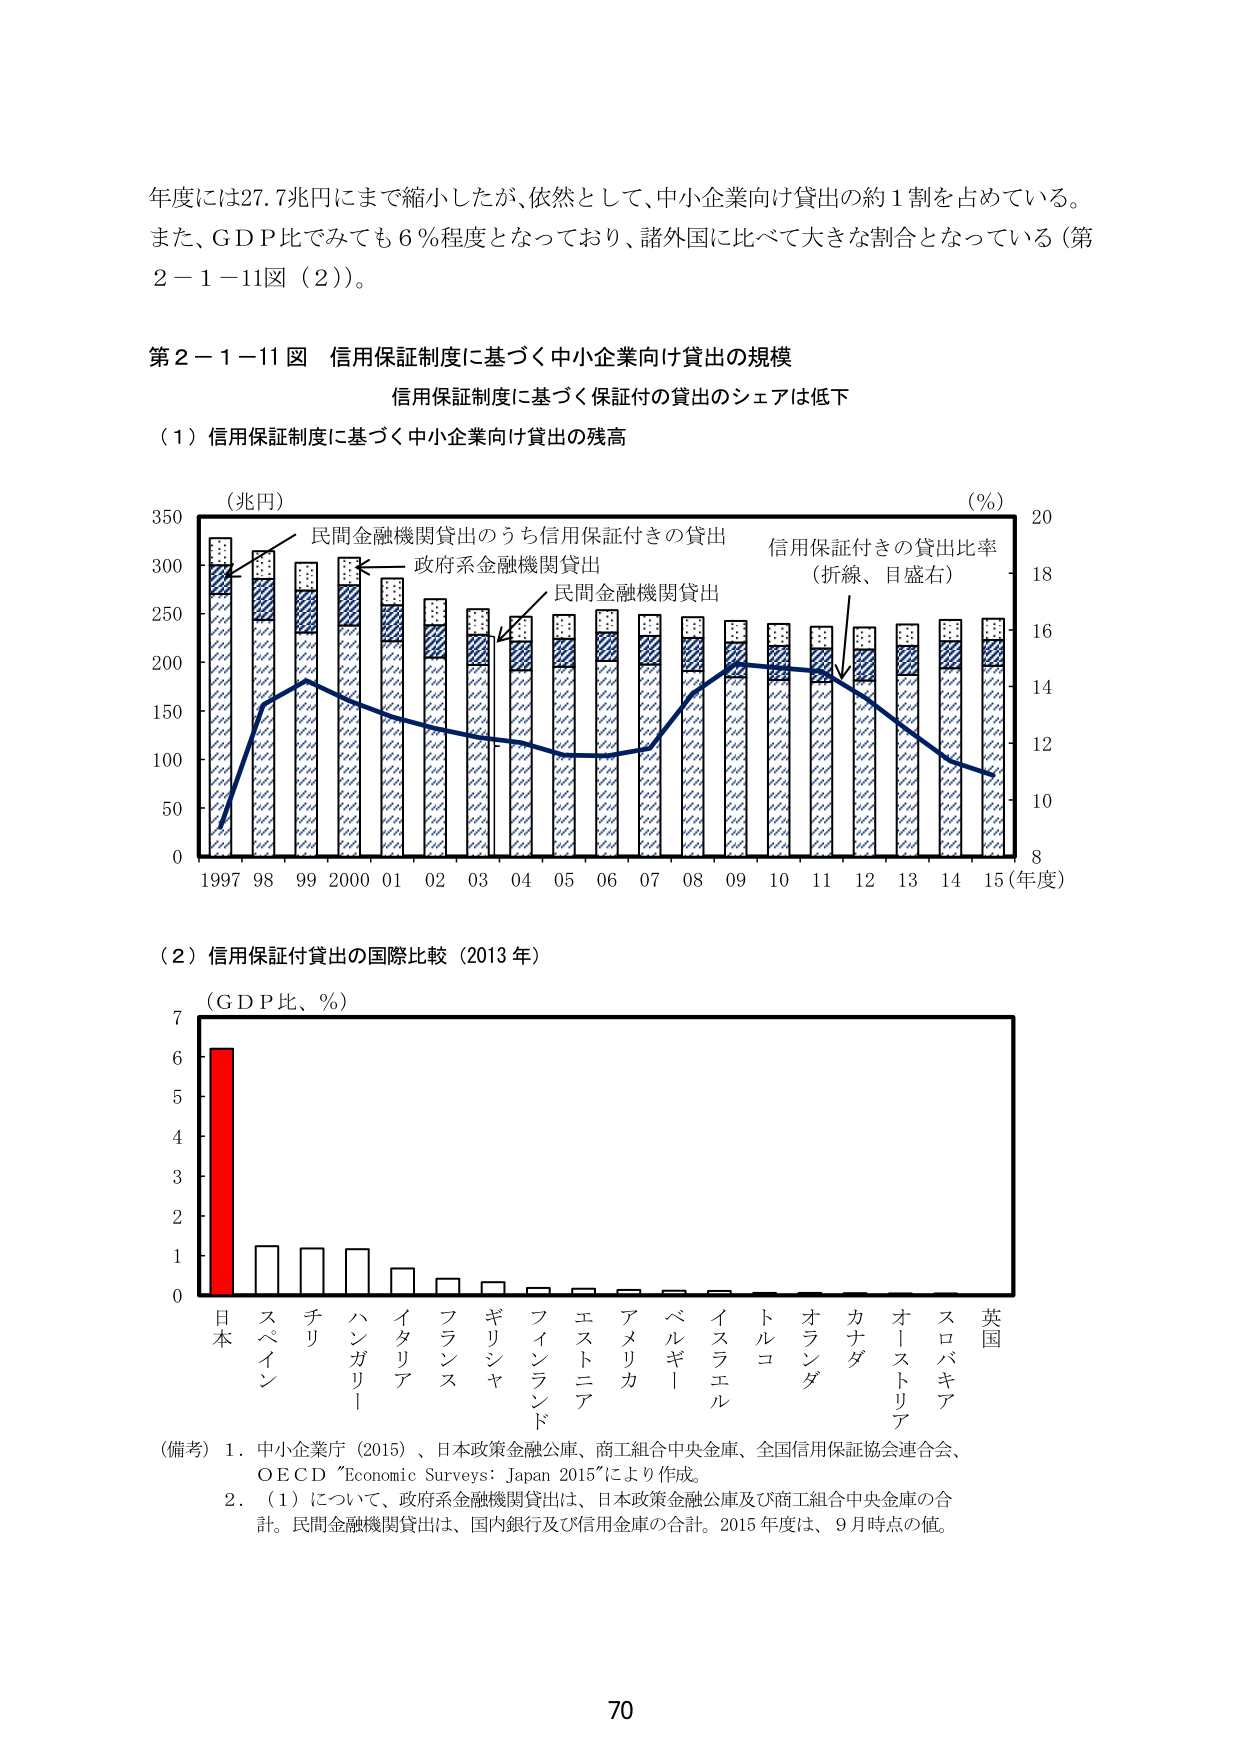
年度には27.7兆円にまで縮小したが、依然として、中小企業向け貸出の約1割を占めている。
また、GDP比でみても6％程度となっており、諸外国に比べて大きな割合となっている（第2－1－11図（2））。

第2－1－11図 信用保証制度に基づく中小企業向け貸出の規模
信用保証制度に基づく保証付の貸出のシェアは低下

（1）信用保証制度に基づく中小企業向け貸出の残高
（兆円）
民間金融機関貸出のうち信用保証付きの貸出
政府系金融機関貸出
民間金融機関貸出
信用保証付きの貸出比率（折線、目盛右）
（％）
1997 98 99 2000 01 02 03 04 05 06 07 08 09 10 11 12 13 14 15（年度）
0 50 100 150 200 250 300 350
8 10 12 14 16 18 20

（2）信用保証付貸出の国際比較（2013年）
（GDP比、％）
7
6
5
4
3
2
1
0
日本 スペイン チリ ハンガリー イタリア フランス ギリシャ フィンランド エストニア アメリカ ベルギー イスラエル トルコ オランダ カナダ オーストラリア スロバキア 英国

（備考）1．中小企業庁（2015）、日本政策金融公庫、商工組合中央金庫、全国信用保証協会連合会、OECD “Economic Surveys: Japan 2015”により作成。
2．（1）について、政府系金融機関貸出は、日本政策金融公庫及び商工組合中央金庫の合計。民間金融機関貸出は、国内銀行及び信用金庫の合計。2015年度は、9月時点の値。

70